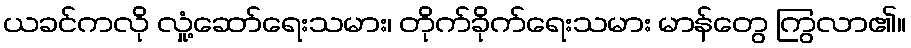
ယခင်ကလို လှုံ့ဆော်ရေးသမား၊ တိုက်ခိုက်ရေးသမား မာန်တွေ ကြွလာ၏။